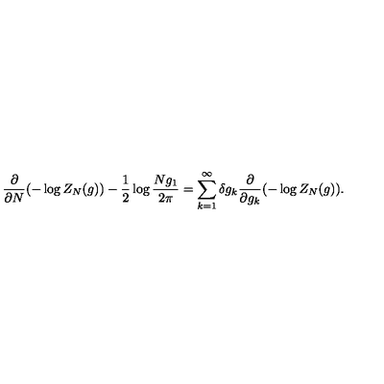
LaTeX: \frac { \partial } { \partial N } ( - \log Z _ { N } ( g ) ) - \frac { 1 } { 2 } \log \frac { N g _ { 1 } } { 2 \pi } = \sum _ { k = 1 } ^ { \infty } \delta g _ { k } \frac { \partial } { \partial g _ { k } } ( - \log Z _ { N } ( g ) ) .